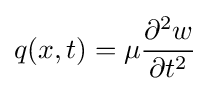
q(x,t)=\mu {\frac {\partial ^{2}w}{\partial t^{2}}}